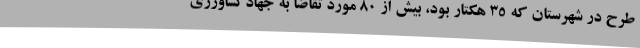
طرح در شهرستان که 35 هکتار بود، بیش از 80 مورد تقاضا به جهادکشاورزی